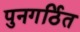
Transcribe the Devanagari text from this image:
पुनगर्ठित